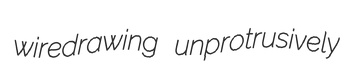
wiredrawing unprotrusively